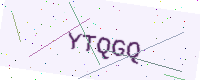
Text: YTQGQ